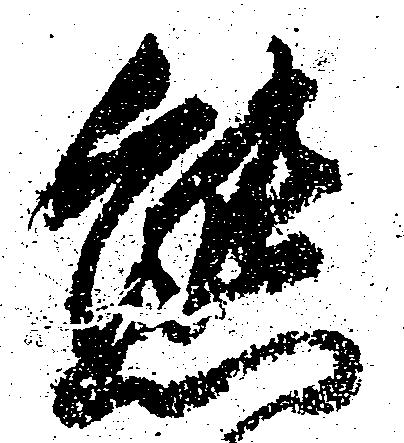
態